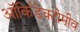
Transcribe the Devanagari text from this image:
ऑर्किडेक्टोमीव